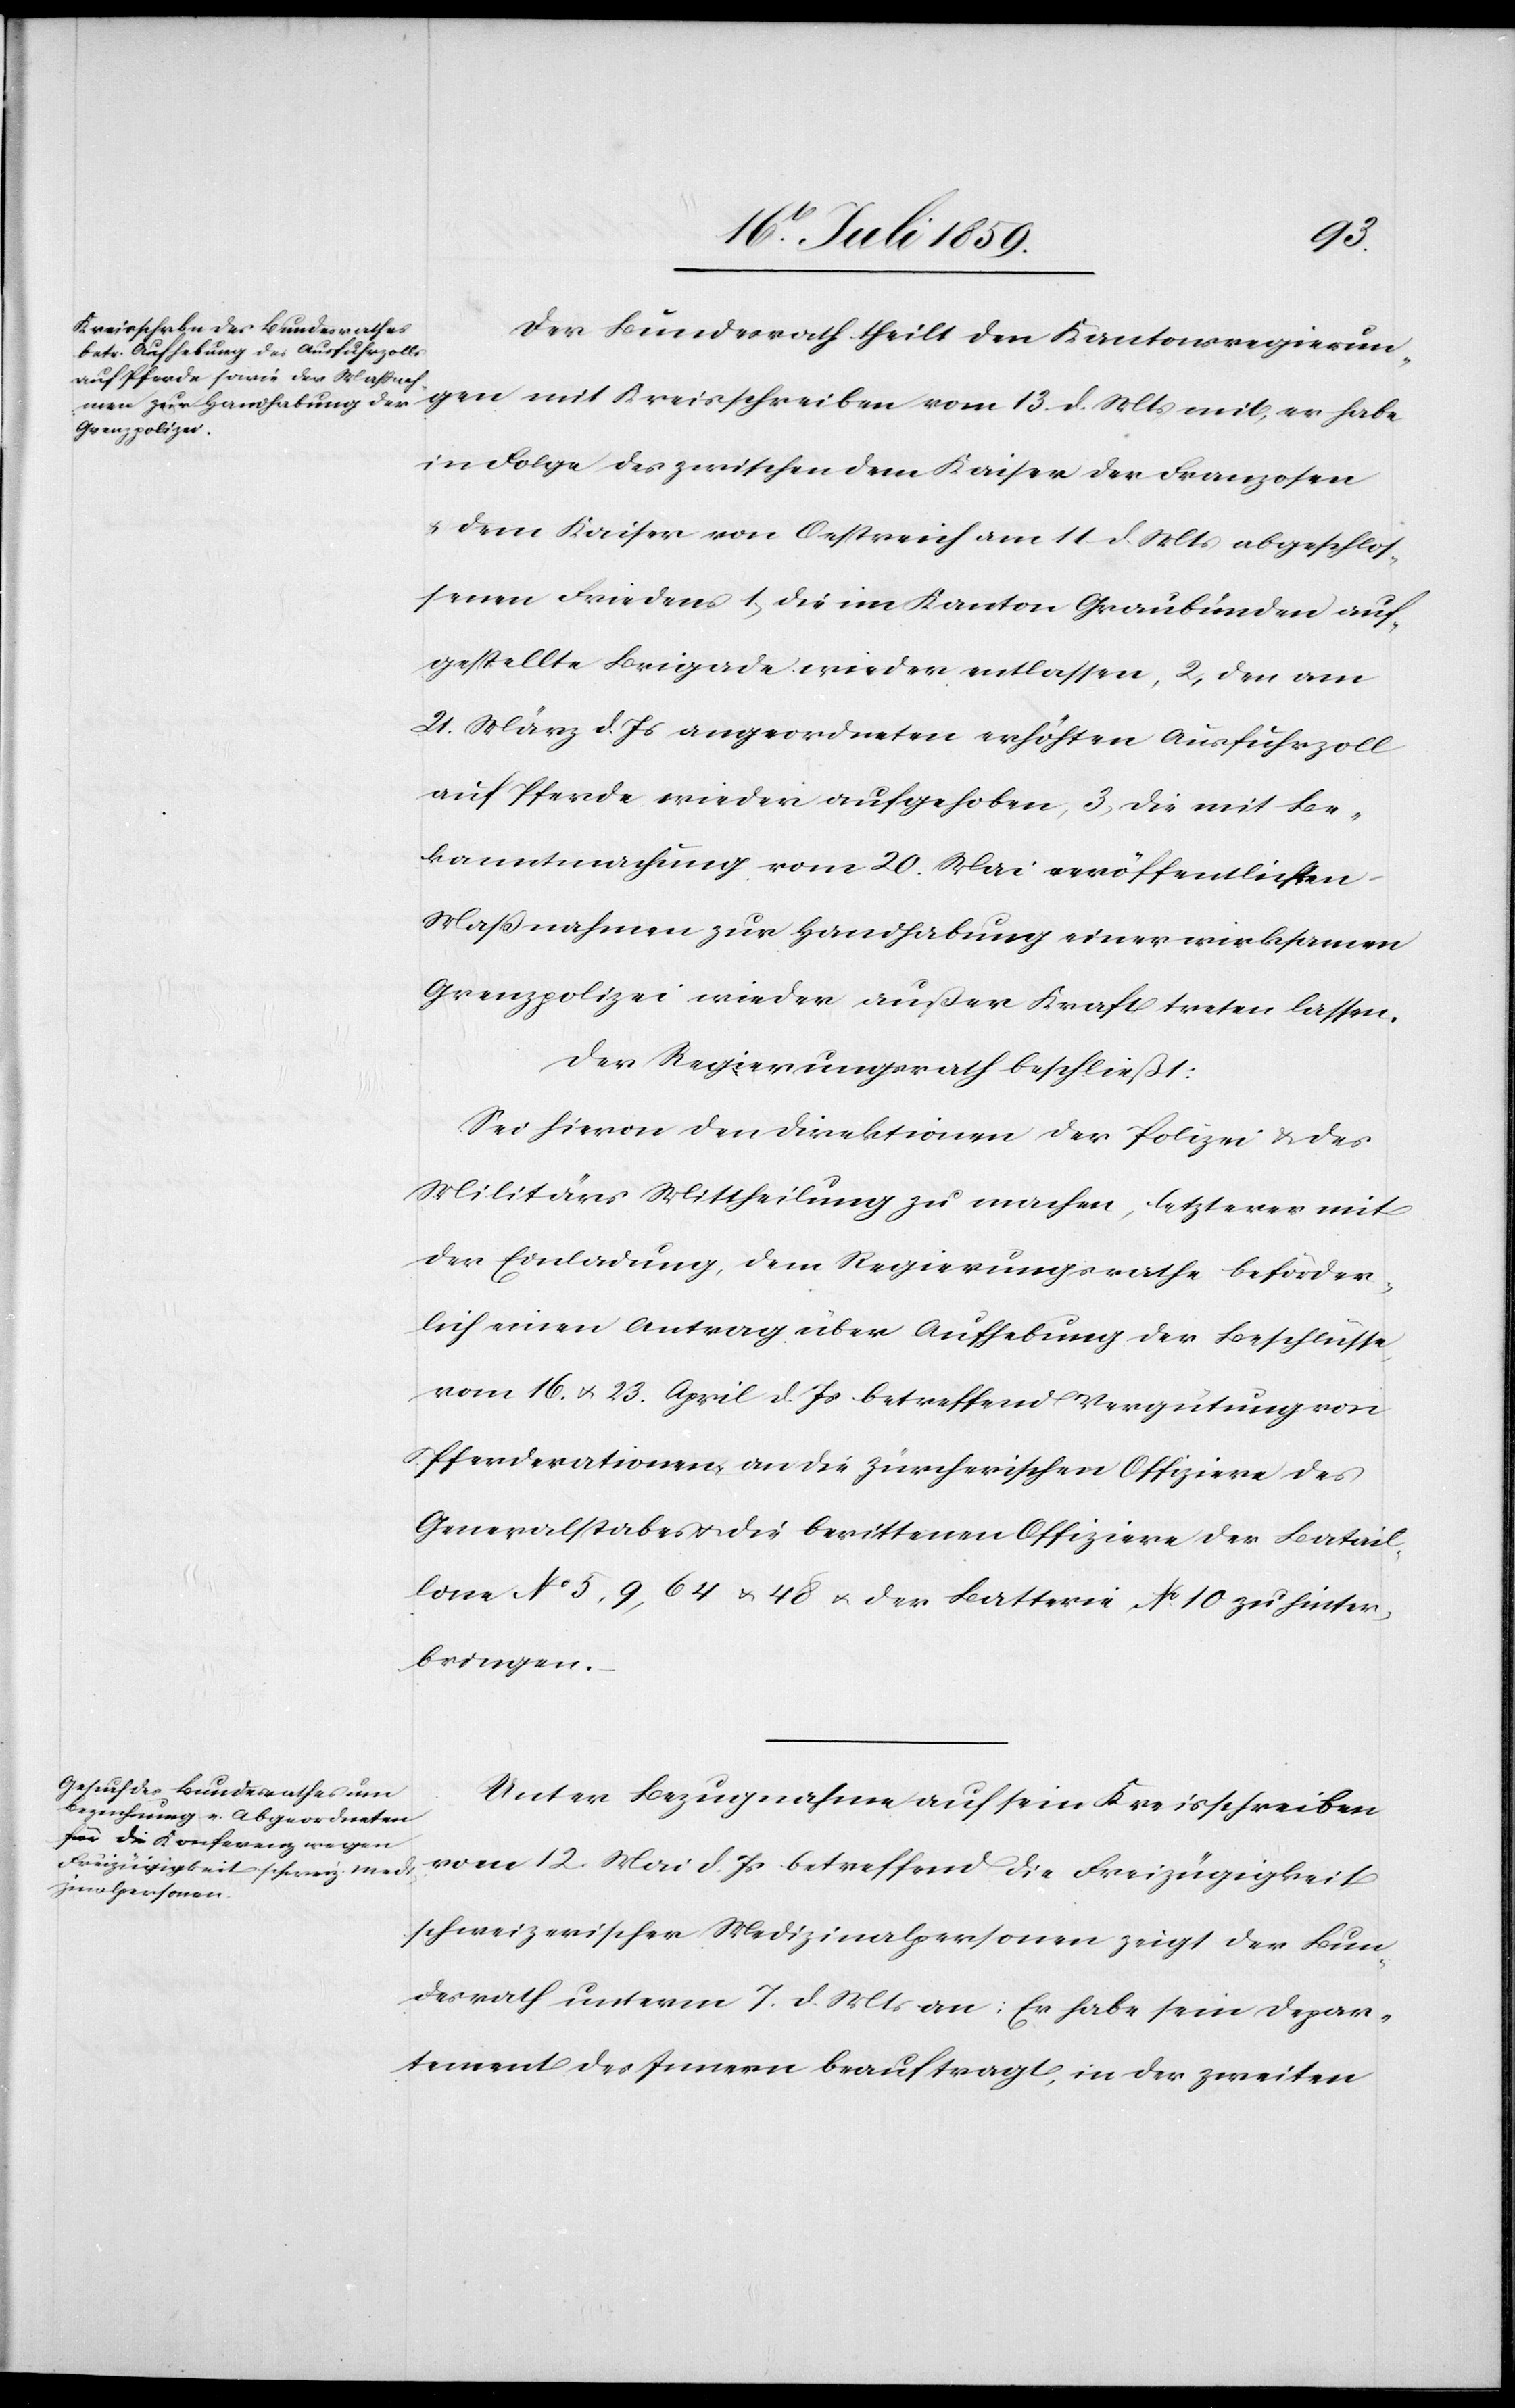
Der Bundesrath theilt den Kantonsregierun¬
gen mit Kreisschreiben vom 13. d. Mts. mit, er habe
in Folge des zwischen dem Kaiser der Franzosen
u. dem Kaiser von Oestreich am 11. d. Mts. abgeschlos¬
senen Friedens 1) die im Kanton Graubünden auf¬
gestellte Brigade wieder entlassen, 2) den am
21. März d. Js. angeordneten erhöhten Ausfuhrzoll
auf Pferde wieder aufgehoben, 3) die mit Be¬
kanntmachung vom 20. Mai veröffentlichten
Maßnahmen zur Handhabung einer wirksamen
Grenzpolizei wieder außer Kraft treten lassen.
Der Regierungsrath beschließt:
Sei hievon den Direktionen der Polizei u. des
Militärs Mittheilung zu machen, letzteres mit
der Einladung, dem Regierungsrathe beförder¬
lich einen Antrag über Aufhebung der Beschlüsse
vom 16. u. 23. April d. Js. betreffend Vergütung von
Pferderationen an die zürcherischen Offiziere des
Generalstabes u. die berittenen Offiziere der Batail¬
lone No. 5, 9, 64 u. 48 u. der Batterie No. 10 zu hinter¬
bringen.
Unter Bezugnahme auf sein Kreisschreiben
vom 12. Mai d. Js. betreffend die Freizügigkeit
schweizerischer Meidzinalpersonen zeigt der Bun¬
desrath unterm 7. d. Mts. an: Er habe sein Depar¬
tement des Innern beauftragt, in der zweiten